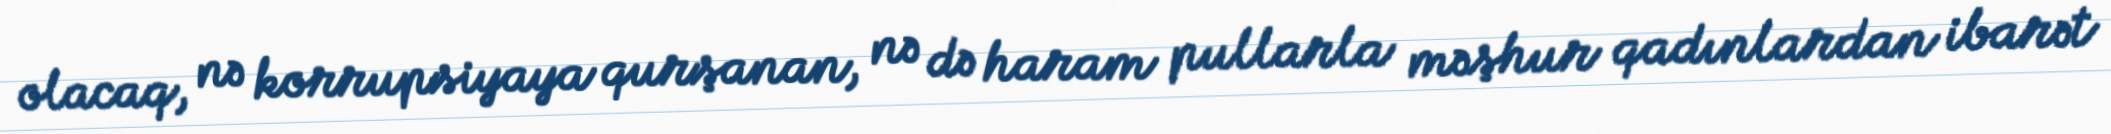
olacaq, nə korrupsiyaya qurşanan, nə də haram pullarla məşhur qadınlardan ibarət